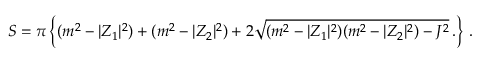
S = \pi \left\{ ( m ^ { 2 } - | { \cal Z } _ { 1 } | ^ { 2 } ) + ( m ^ { 2 } - | { \cal Z } _ { 2 } | ^ { 2 } ) + 2 \sqrt { ( m ^ { 2 } - | { \cal Z } _ { 1 } | ^ { 2 } ) ( m ^ { 2 } - | { \cal Z } _ { 2 } | ^ { 2 } ) - J ^ { 2 } } \, . \right\} \, .